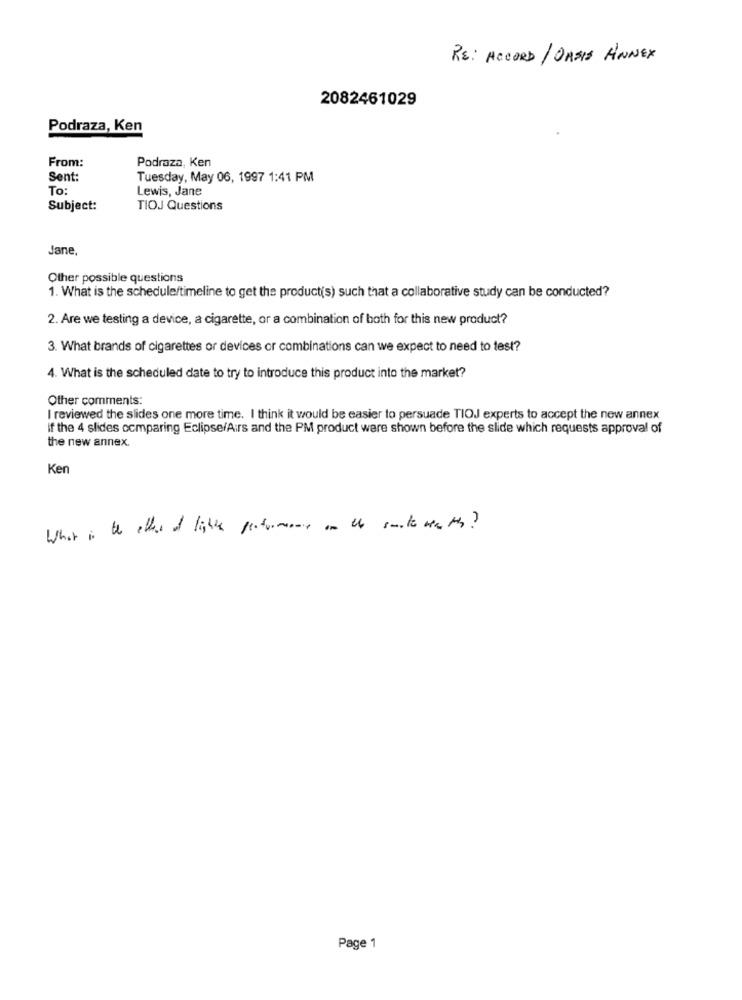
RE: ACCORD / OASIS ANNEX
2082461029
Podraza, Ken
From:
Podraza, Ken
Sent:
Tuesday, May 06, 1997 1:41 PM
To:
Lewis, Jane
Subject:
TIOJ Questions
Jane,
Other possible questions
1. What is the schedule/timeline to get the product(s) such that a collaborative study can be conducted?
2. Are we testing a device, a cigarette, or a combination of both for this new product?
3. What brands of cigarettes or devices or combinations can we expect to need to test?
4. What is the scheduled date to try to introduce this product into the market?
Other comments:
I reviewed the slides one more time. I think it would be easier to persuade TIOJ experts to accept the new annex
if the 4 slides comparing Eclipse/Airs and the PM product were shown before the slide which requests approval of
the new annex.
Ken
What is the other of lighte performance on the sunte weath ?
Page 1